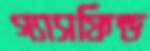
গ্যাসফিল্ড